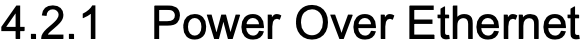
4.2.1 Power Over Ethernet